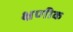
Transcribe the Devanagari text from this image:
क्षणीक